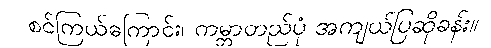
စင်ကြယ်ကြောင်း၊ ကမ္ဘာတည်ပုံ အကျယ်ပြဆိုခန်း။